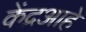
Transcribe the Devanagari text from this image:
केंद्रआहे